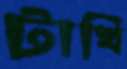
টাখি